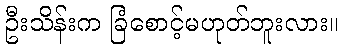
ဦးသိန်းက ခြံစောင့်မဟုတ်ဘူးလား။